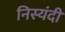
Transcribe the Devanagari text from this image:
निस्यंदी